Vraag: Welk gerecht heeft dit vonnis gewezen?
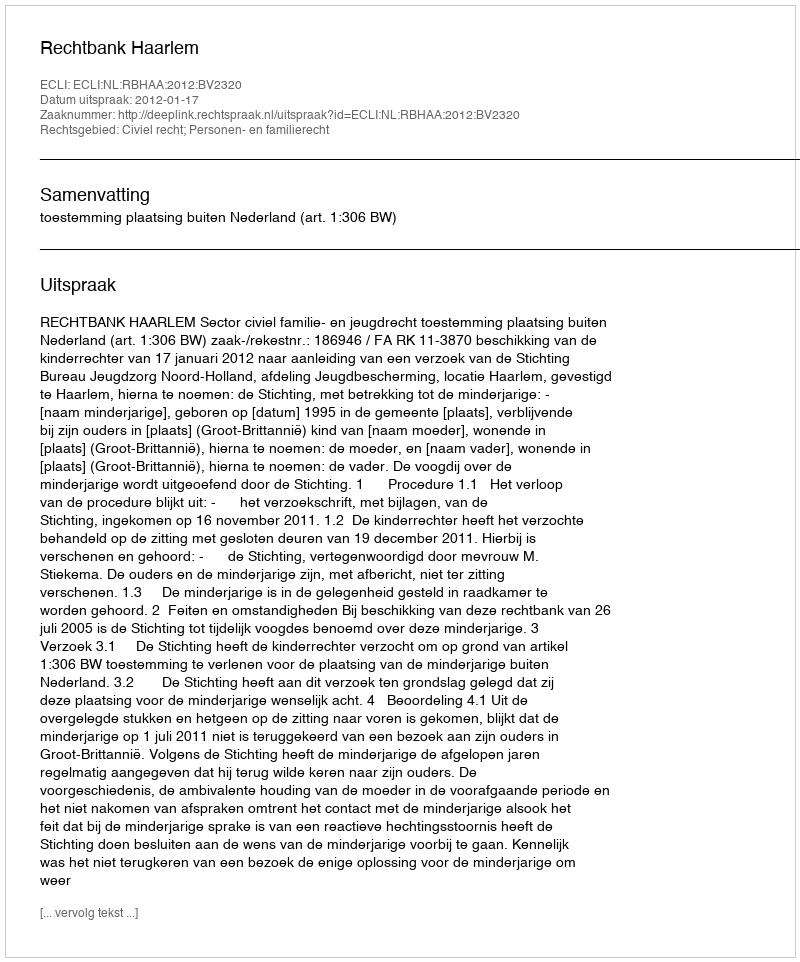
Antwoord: Rechtbank Haarlem